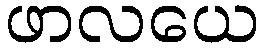
ဖာလယေ